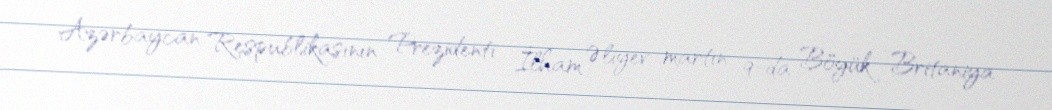
Azərbaycan Respublikasının Prezidenti İlham Əliyev martın 9-da Böyük Britaniya